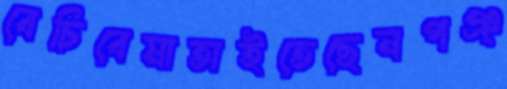
বেচিবেমাতাইতেছেনপঞ্